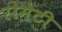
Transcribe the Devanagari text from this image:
रोमेटी